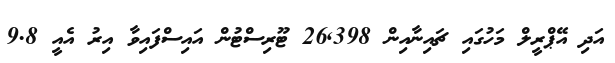
އަދި އޭޕްރީލް މަހުގައި ޗައިނާއިން 26